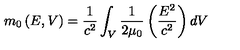
m _ { 0 } \left( E , V \right) = \frac { 1 } { c ^ { 2 } } \int _ { V } \frac { 1 } { 2 \mu _ { 0 } } \left( \frac { E ^ { 2 } } { c ^ { 2 } } \right) d V